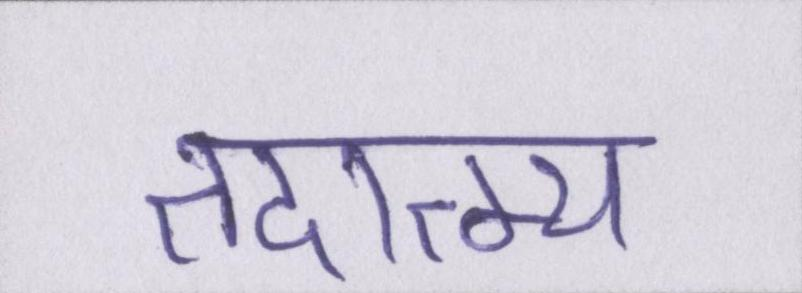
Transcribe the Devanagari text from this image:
तदात्म्य